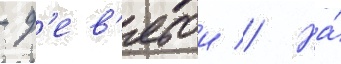
- д'ев'ятои // На́